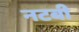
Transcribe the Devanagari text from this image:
नटबी